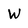
Character: W